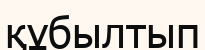
құбылтып